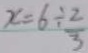
x = 6 \div \frac { 2 } { 5 }